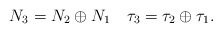
\begin{align*} N_3 = N_2 \oplus N_1 \quad\tau_3 = \tau_2 \oplus \tau_1.\end{align*}